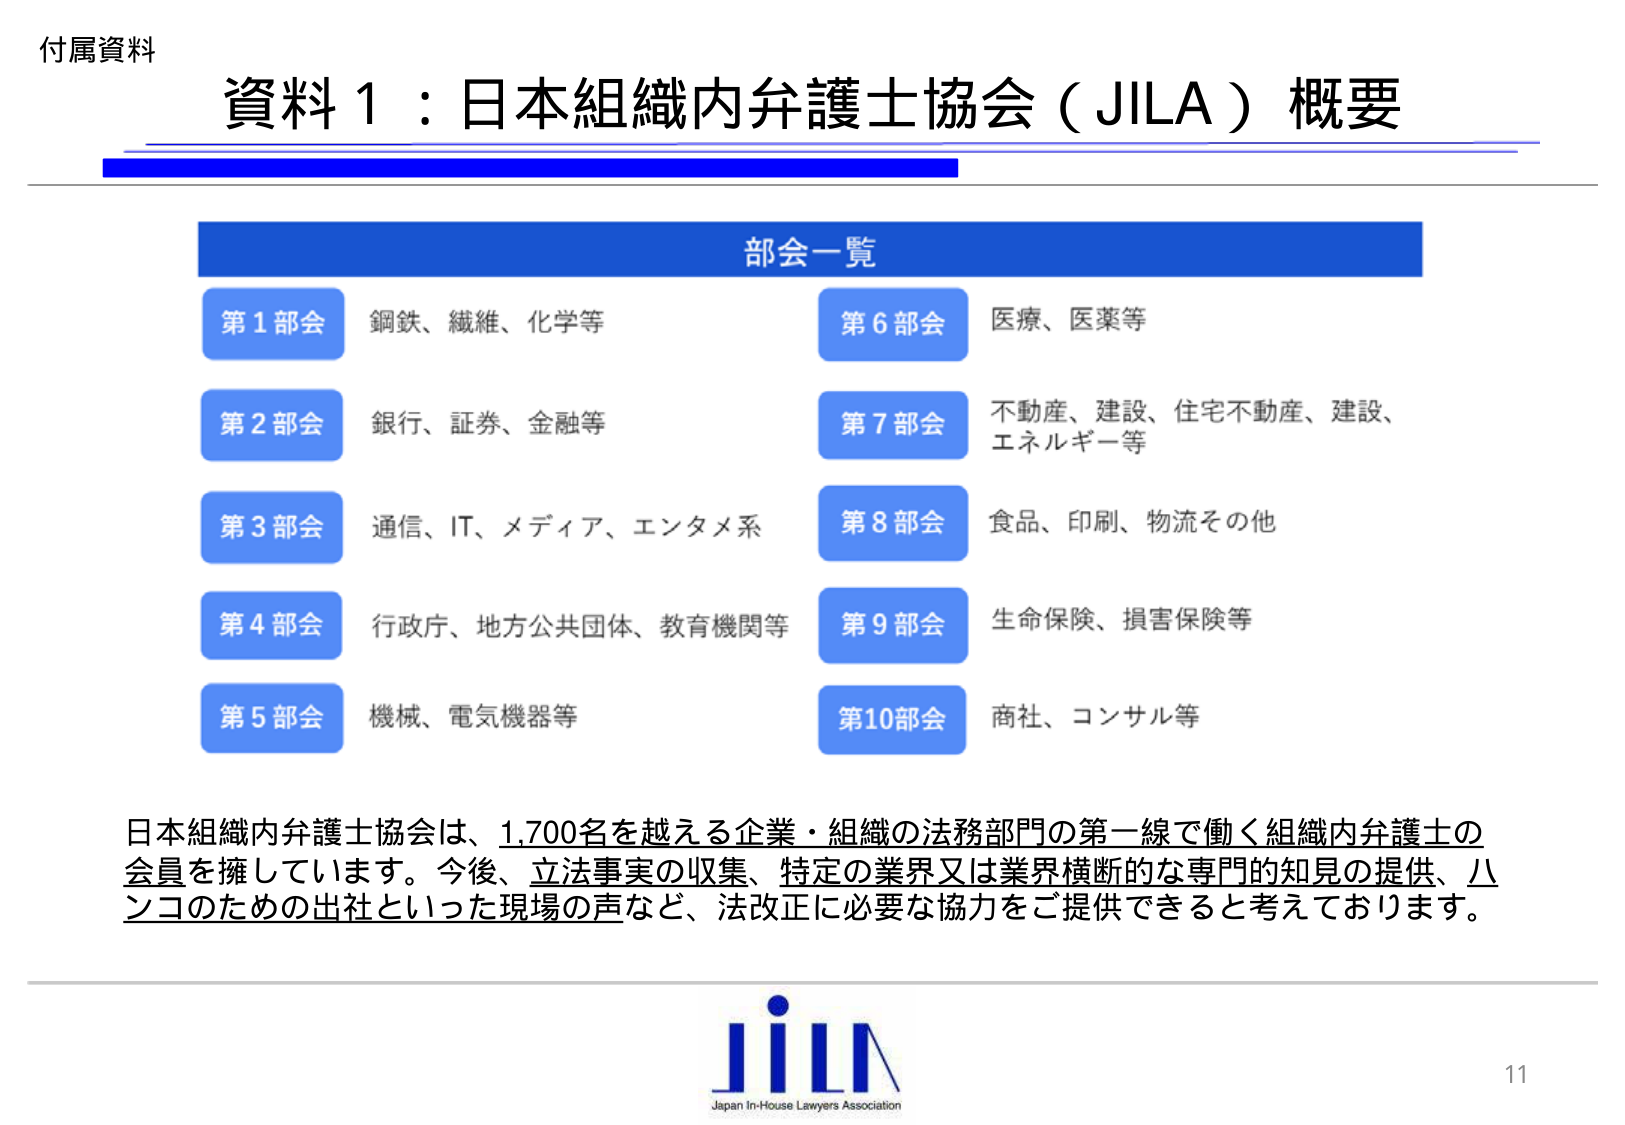
付属資料
資料１：日本組織内弁護士協会（JILA）概要

部会一覧
第１部会 鋼鉄、繊維、化学等
第２部会 銀行、証券、金融等
第３部会 通信、IT、メディア、エンタメ系
第４部会 行政庁、地方公共団体、教育機関等
第５部会 機械、電気機器等
第６部会 医療、医薬等
第７部会 不動産、建設、住宅不動産、建設、エネルギー等
第８部会 食品、印刷、物流その他
第９部会 生命保険、損害保険等
第10部会 商社、コンサル等

日本組織内弁護士協会は、1,700名を越える企業・組織の法務部門の第一線で働く組織内弁護士の会員を擁しています。今後、立法事実の収集、特定の業界又は業界横断的な専門的知見の提供、ハシコのための出社といった現場の声など、法改正に必要な協力をご提供できると考えております。

JILA
Japan In-House Lawyers Association
11